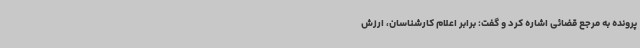
پرونده به مرجع قضائی اشاره کرد و گفت: برابر اعلام کارشناسان، ارزش